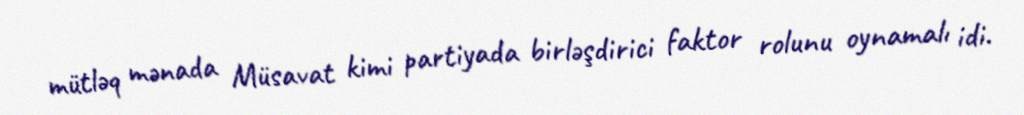
mütləq mənada Müsavat kimi partiyada birləşdirici faktor rolunu oynamalı idi.